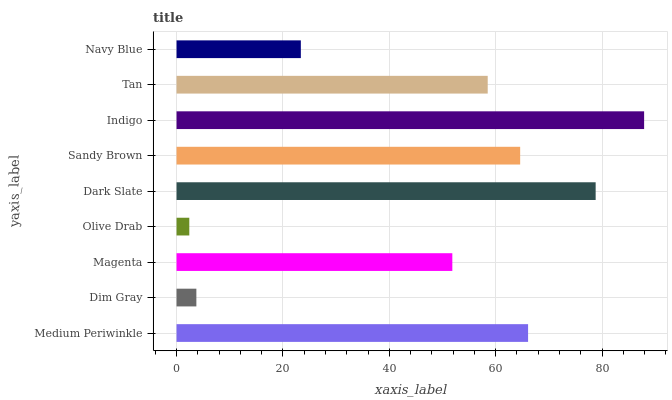
| yaxis_label | bars |
 | --- | --- |
 | Medium Periwinkle | 66.1 |
 | Dim Gray | 3.73 |
 | Magenta | 51.9 |
 | Olive Drab | 2.4 |
 | Dark Slate | 78.8 |
 | Sandy Brown | 64.6 |
 | Indigo | 87.9 |
 | Tan | 58.5 |
 | Navy Blue | 23.4 |